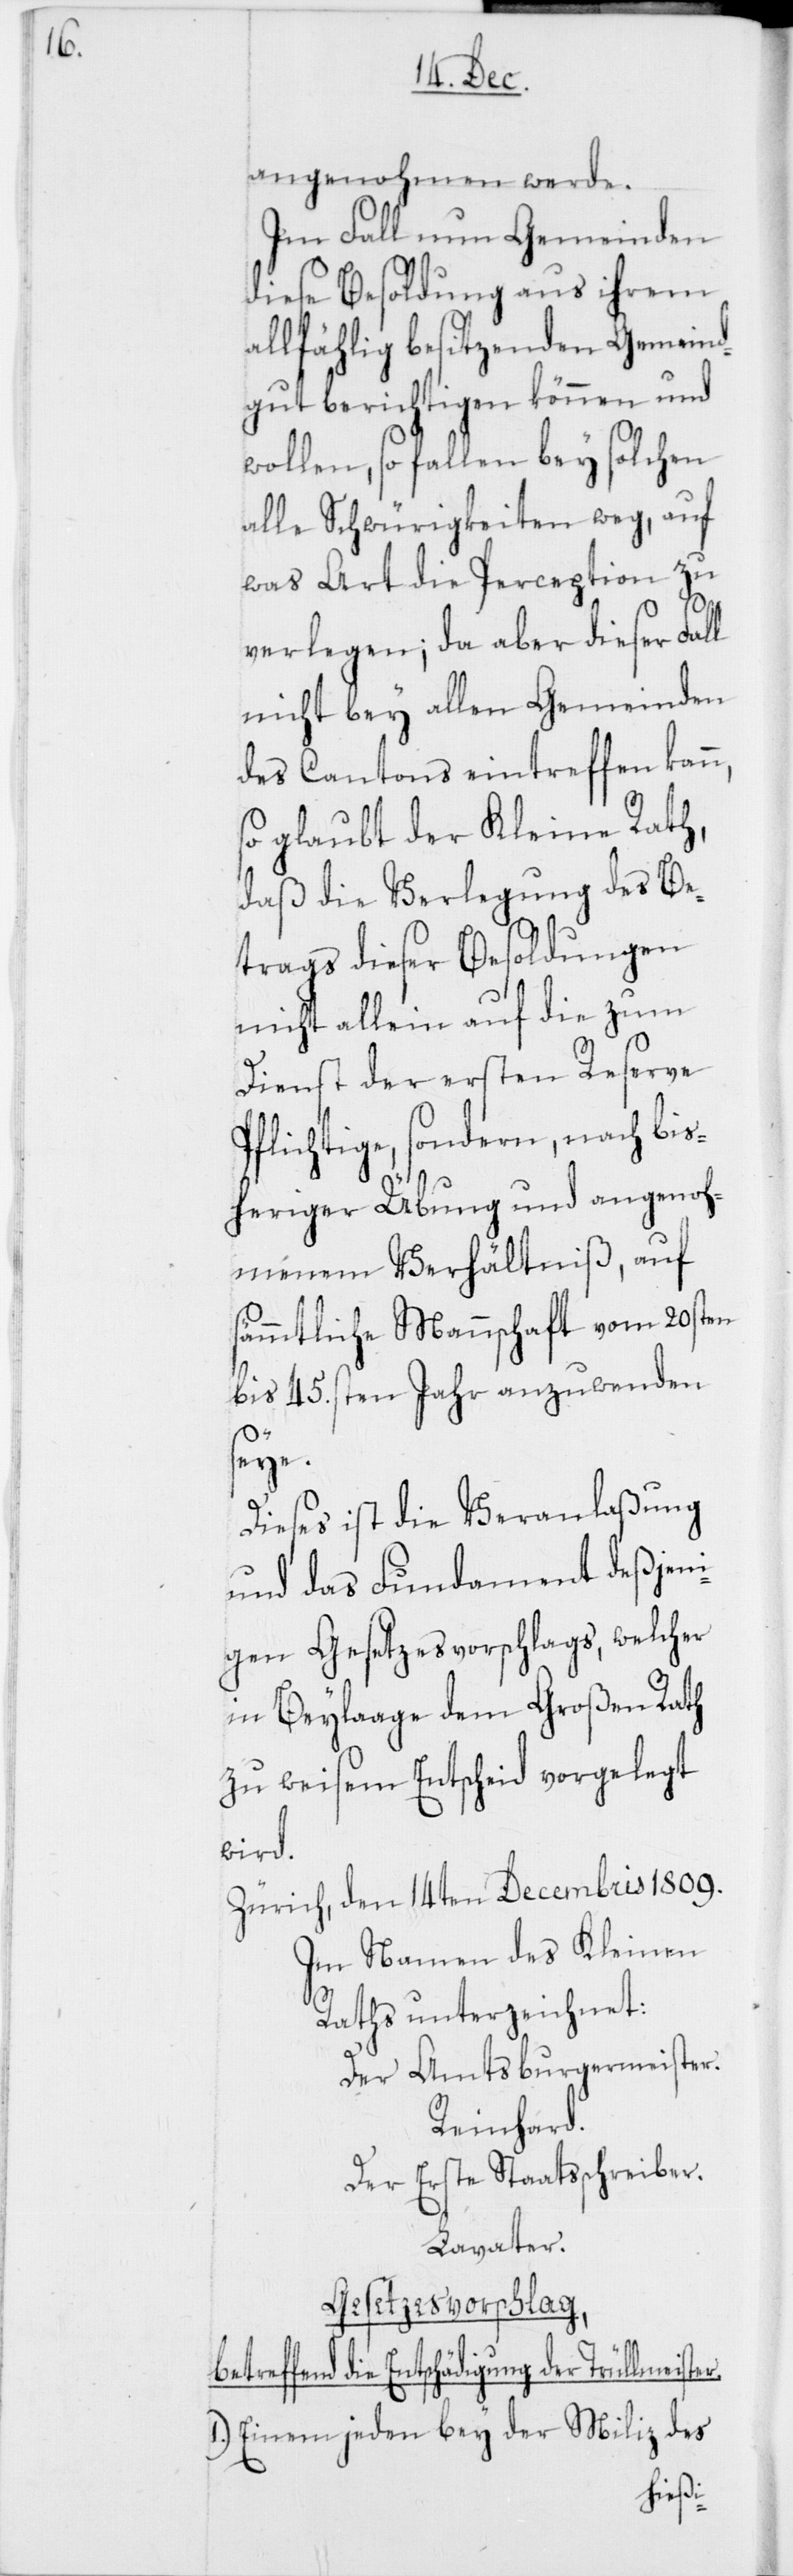
angenohmen werde.
Im Fall nun Gemeinden
diese Besoldung aus ihrem
allfählig besitzenden Gemeind¬
gut berichtigen können und
wollen, so fallen bey solchen
alle Schwürigkeiten weg, auf
was Art die Perception zu
verlegen; da aber dieser Fall
nicht bey allen Gemeinden
des Cantons eintreffen kann,
glaubt der Kleine Rath,
daß die Verlegung des Be¬
trags dieser Besoldungen
nicht allein auf die zum
Dienst der ersten Reserve
Pflichtige, sondern, nach bis¬
heriger Übung und angenoh¬
menem Verhältniß, auf
sämmtliche Mannschaft vom 20sten
bis 45.sten Jahr anzuwenden
er.
Dieses ist die Veranlaßung
und das Fundament deßjen¬
igen Gesetzesvorschlags, welcher
in Beylaage dem Großen Rath
zu weisem Entscheid vorgelegt
wird.
Zürich, den 14ten Decembris 1809.
Im Namen des Kleinen
Raths unterzeichnet:
Der Amtsburgermeister.
Reinhard.
Der Erste Staatsschreiber.
Lavater.
Gesetzesvorschlag
effend die Entschädigung der Trüllmeist¬
1. Einem jeden bey der Miliz des